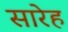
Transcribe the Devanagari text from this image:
सारेह